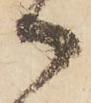
御